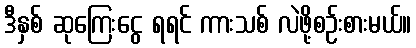
ဒီနှစ် ဆုကြေးငွေ ရရင် ကားသစ် လဲဖို့စဉ်းစားမယ်။